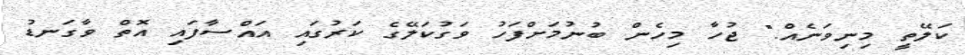
ކަލޭތީ މިނިވަނެއް." ޖުހާ މިހެން ބުނުމަށްފަހު ވަގުކަލޭގެ ކަރުގައި އައްސާފައި އޮތް ވާގަނޑު